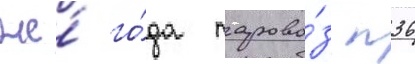
же́ го́да парово́з п36